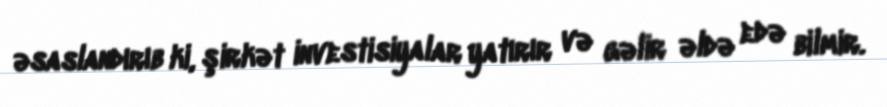
əsaslandırıb ki, şirkət investisiyalar yatırır və gəlir əldə edə bilmir.